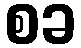
စခ